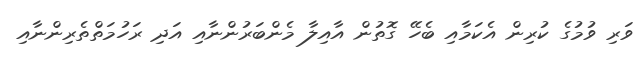
ވަރި ވުމުގެ ކުރިން އެކަމާއި ބެހޭ ގޮތުން އާއިލާ މެންބަރުންނާއި އަދި ރަހުމަތްތެރިންނާއި